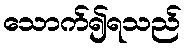
သောက်၍ရသည်